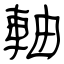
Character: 軸